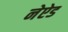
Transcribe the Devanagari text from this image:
नेऐड